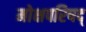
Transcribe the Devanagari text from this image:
मोक्षपरिषद्